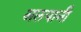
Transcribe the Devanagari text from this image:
अलयानी